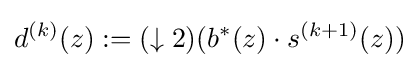
d^{(k)}(z):=(\downarrow 2)(b^{*}(z)\cdot s^{(k+1)}(z))